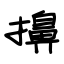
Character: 擤